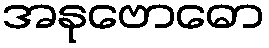
အနုဗောဓော